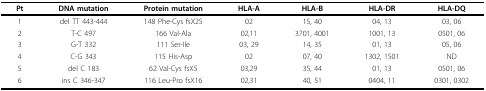
| Pt | DNA mutation | Protein mutation | HLA-A | HLA-B | HLA-DR | HLA-DQ |
 | --- | --- | --- | --- | --- | --- | --- |
 | 1 | del TT 443-444 | 148 Phe-Cys fsX25 | 02 | 15, 40 | 04, 13 | 03, 06 |
 | 2 | T-C 497 | 166 Val-Ala | 02,11 | 3701, 4001 | 1001, 13 | 0501, 06 |
 | 3 | G-T 332 | 111 Ser-Ile | 03, 29 | 14, 35 | 01, 13 | 05, 06 |
 | 4 | C-G 343 | 115 His-Asp | 02 | 07, 40 | 1302, 1501 | ND |
 | 5 | del C 183 | 62 Val-Cys fsX5 | 03,29 | 35, 44 | 01, 13 | 0501, 06 |
 | 6 | ins C 346-347 | 116 Leu-Pro fsX16 | 02,31 | 40, 51 | 0404, 11 | 0301, 0302 |